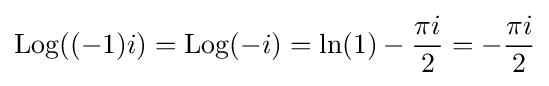
\operatorname {Log} ((-1)i)=\operatorname {Log} (-i)=\ln(1)-{\frac {\pi i}{2}}=-{\frac {\pi i}{2}}